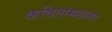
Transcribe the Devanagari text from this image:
कवितांमधल्या